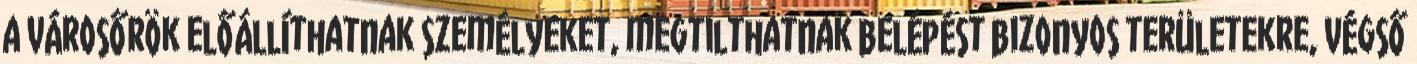
a városőrök előállíthatnak személyeket, megtilthatnak belépést bizonyos területekre, végső